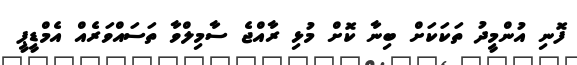
ފޮނި އުންމީދު ތަކަކަށް ބިނާ ކޮށް މުޅި ރާއްޖެ ސާމިލްވާ ތަސައްވަރެއް އެމްޑީޕީ